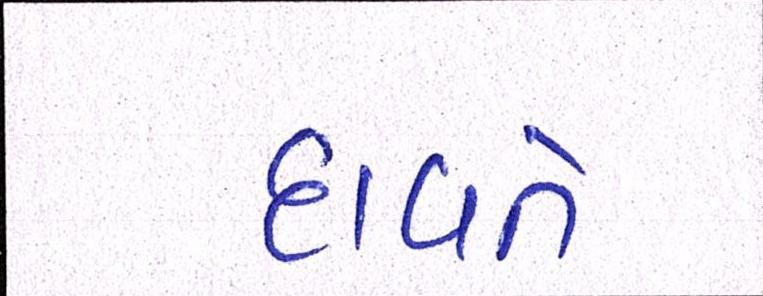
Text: દાવતે